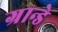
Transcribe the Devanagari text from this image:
ग्रान्डे